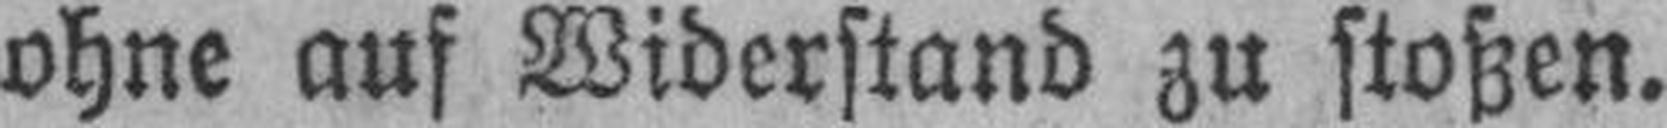
ohne auf Widerstand zu stoßen.